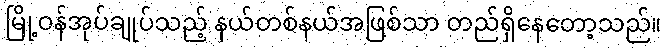
မြို့ဝန်အုပ်ချုပ်သည့် နယ်တစ်နယ်အဖြစ်သာ တည်ရှိနေတော့သည်။